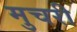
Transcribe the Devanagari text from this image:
मुचरी